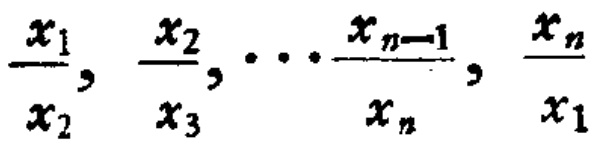
$\frac{x_{1}}{x_{2}}, \frac{x_{2}}{x_{3}}, \ldots \frac{x_{n - 1}}{x_{n}}, \frac{x_{n}}{x_{1}}$